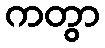
ကတွာ